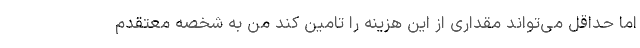
اما حداقل می‌تواند مقداری از این هزینه را تامین کند من به شخصه معتقدم